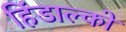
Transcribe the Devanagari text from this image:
हिंडाल्‍को